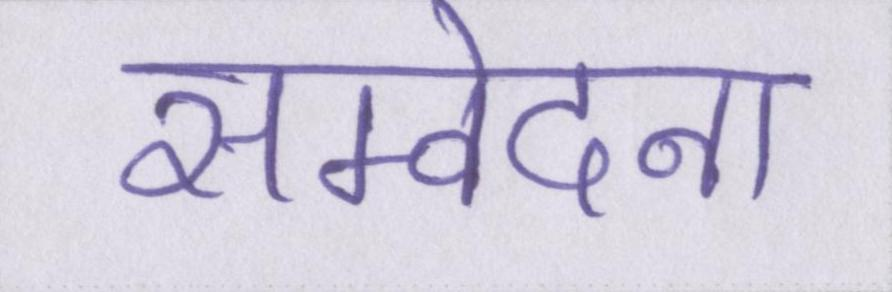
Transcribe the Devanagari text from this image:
सम्वेदना